Lunatic asylums Madras 1877-1891 - 1877-1891
Year: 1877
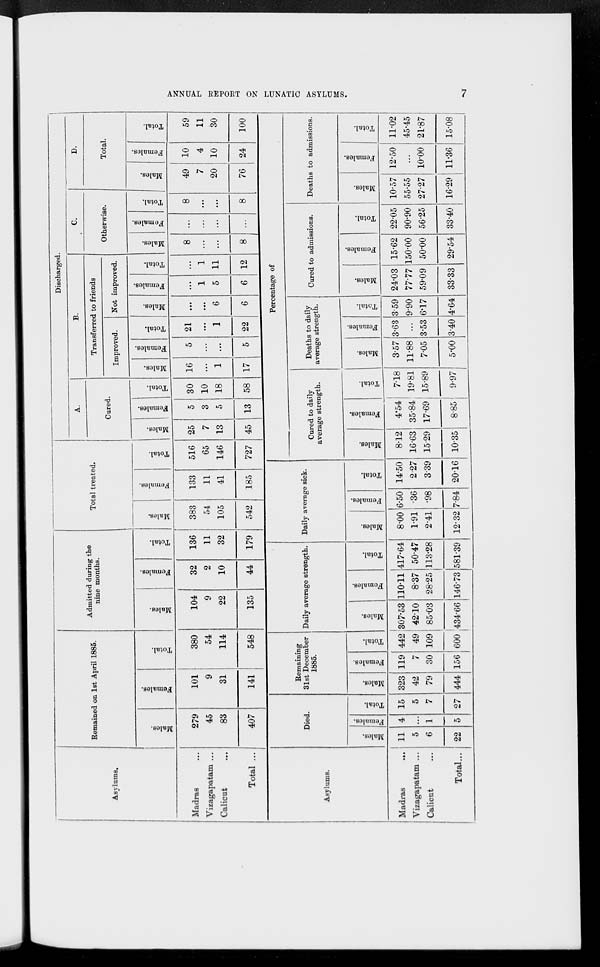
ANNUAL REPORT ON LUNATIC ASYLUMS.
7
Asylums.
Madras ...
Vizagapatam ...
Calicut ...
Total ...
Remained on 1st April 1885.
Males.
279
45
83
407
Females.
101
9
31
141
Total.
380
54
114
548
Admitted during the
nine months.
Males.
104
9
22
135
Females.
32
2
10
44
Total.
136
11
32
179
Total treated.
Males.
383
54
105
542
Females.
133
11
41
185
Total.
516
65
146
727
Discharged.
A.
Cured.
Males.
25
7
13
45
Females.
5
3
5
13
Total.
30
10
18
58
B.
Transferred to friends
Improved.
Males.
16
...
1
17
Females.
5
...
...
5
Total.
21
...
1
22
Not improved.
Males.
...
...
6
6
Females.
...
1
5
6
Total.
...
1
11
12
C.
Otherwise.
Males.
8
...
...
8
Females.
...
...
...
...
Total.
8
...
...
8
D.
Total.
Males.
49
7
20
76
Females.
10
4
10
24
Total.
59
11
30
100
Asylums.
Madras
...
Vizagapatam ...
Calicut ...
Total...
Died.
Males.
11
5
6
22
Females.
4
...
1
5
Total.
15
5
7
27
Remaining
31st December
1885.
Males.
323
42
79
444
Females.
119
7
30
156
Total.
442
49
109
600
Daily average strength.
Males.
307.53
42.10
85.03
434.66
Females.
110.11
8.37
28.25
146.73
Total.
417.64
50.47
113.28
581.39
Daily average sick.
Males.
8.00
1.91
2.41
12.32
Females.
6.50
.36
.98
7.84
Total.
14.50
2.27
3.39
20.16
Percentage of
Cured to daily
average strength.
Males.
8.12
16.63
15.29
10.35
Females.
4.54
35.84
17.69
8.85
Total.
7.18
19.81
15.89
9.97
Deaths to daily
average strength.
Males.
3.57
11.88
7.05
5.00
Females.
3.63
...
3.53
3.40
Total.
3.59
9.90
6.17
4.64
Cured to admissions.
Males.
24.03
77.77
59.09
33.33
Females.
15.62
150.00
50.00
29.54
Total.
22.05
90.90
56.25
33.40
Deaths to admissions.
Males.
10.57
55.55
27.27
16.29
Females.
12.50
...
10.00
11.36
Total.
11.02
45.45
21.87
15.08